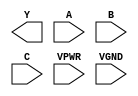
module sky130_fd_sc_hs__nand3 (
    Y   ,
    A   ,
    B   ,
    C   ,
    VPWR,
    VGND
);

    output Y   ;
    input  A   ;
    input  B   ;
    input  C   ;
    input  VPWR;
    input  VGND;
endmodule